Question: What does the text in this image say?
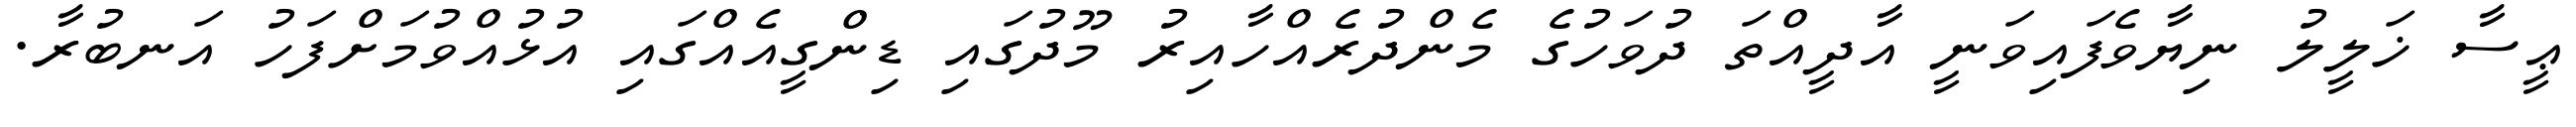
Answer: ޢީސާ ޚަލީލު ނިޔާވެފައިވަނީ އާދީއްތަ ދުވަހުގެ މެންދުރެއްހާއިރު މޫދުގައި ޑިންގީއެއްގައި އުޅުއްވުމަށްފަހު އަނބުރާ.